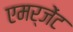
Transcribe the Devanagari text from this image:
एमर्जेंट